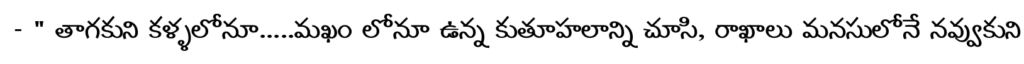
- " తాగకుని కళ్ళలోనూ.....మఖం లోనూ ఉన్న కుతూహలాన్ని చూసి, రాఖాలు మనసులోనే నవ్వుకుని